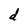
Character: d